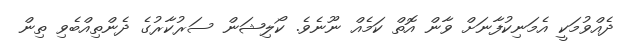
ދެއްވުމަކީ އެމަނިކުފާނަށް ވާން އޮތް ކަމެއް ނޫނެވެ. ކޯލިޝަން ސަރުކާރުގެ ދެންތިއްބެވި ތިން